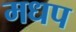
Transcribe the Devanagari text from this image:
मधप